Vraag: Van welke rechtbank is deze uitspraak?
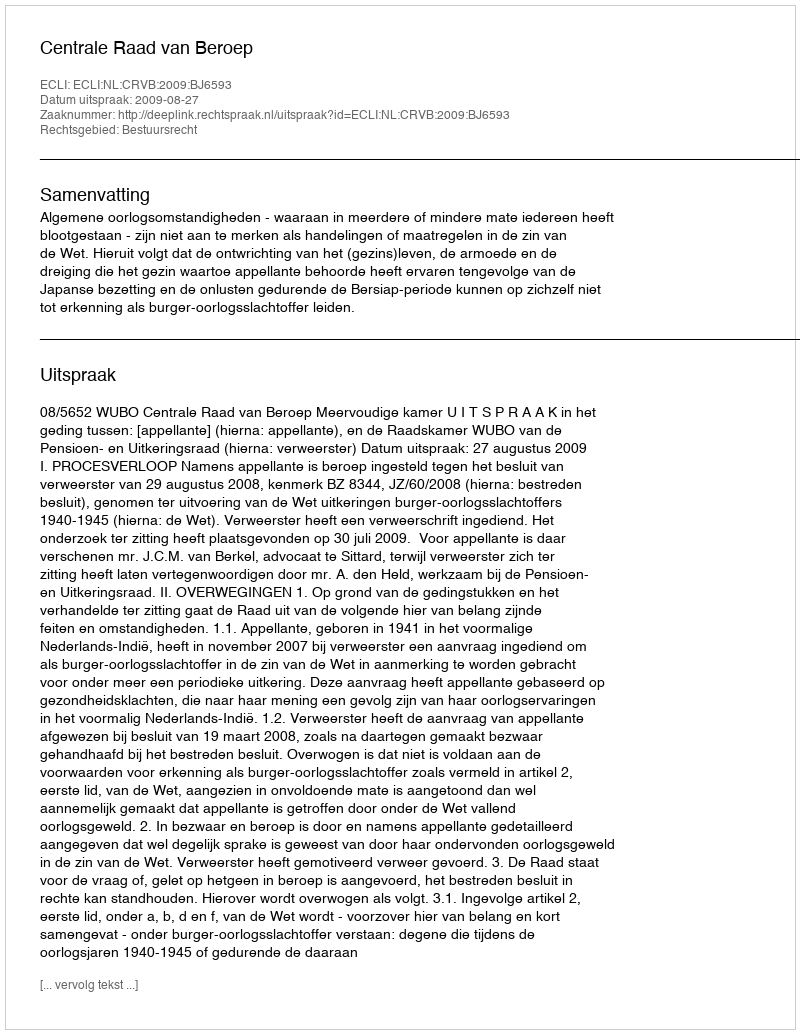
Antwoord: Centrale Raad van Beroep